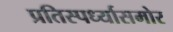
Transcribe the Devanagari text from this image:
प्रतिस्पर्ध्यासमोर